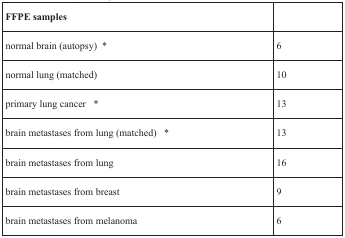
<table><thead><tr><td><b>FFPE samples</b></td><td></td></tr></thead><tbody><tr><td>normal brain (autopsy) *</td><td>6</td></tr><tr><td>normal lung (matched)</td><td>10</td></tr><tr><td>primary lung cancer *</td><td>13</td></tr><tr><td>brain metastases from lung (matched) *</td><td>13</td></tr><tr><td>brain metastases from lung</td><td>16</td></tr><tr><td>brain metastases from breast</td><td>9</td></tr><tr><td>brain metastases from melanoma</td><td>6</td></tr></tbody></table>